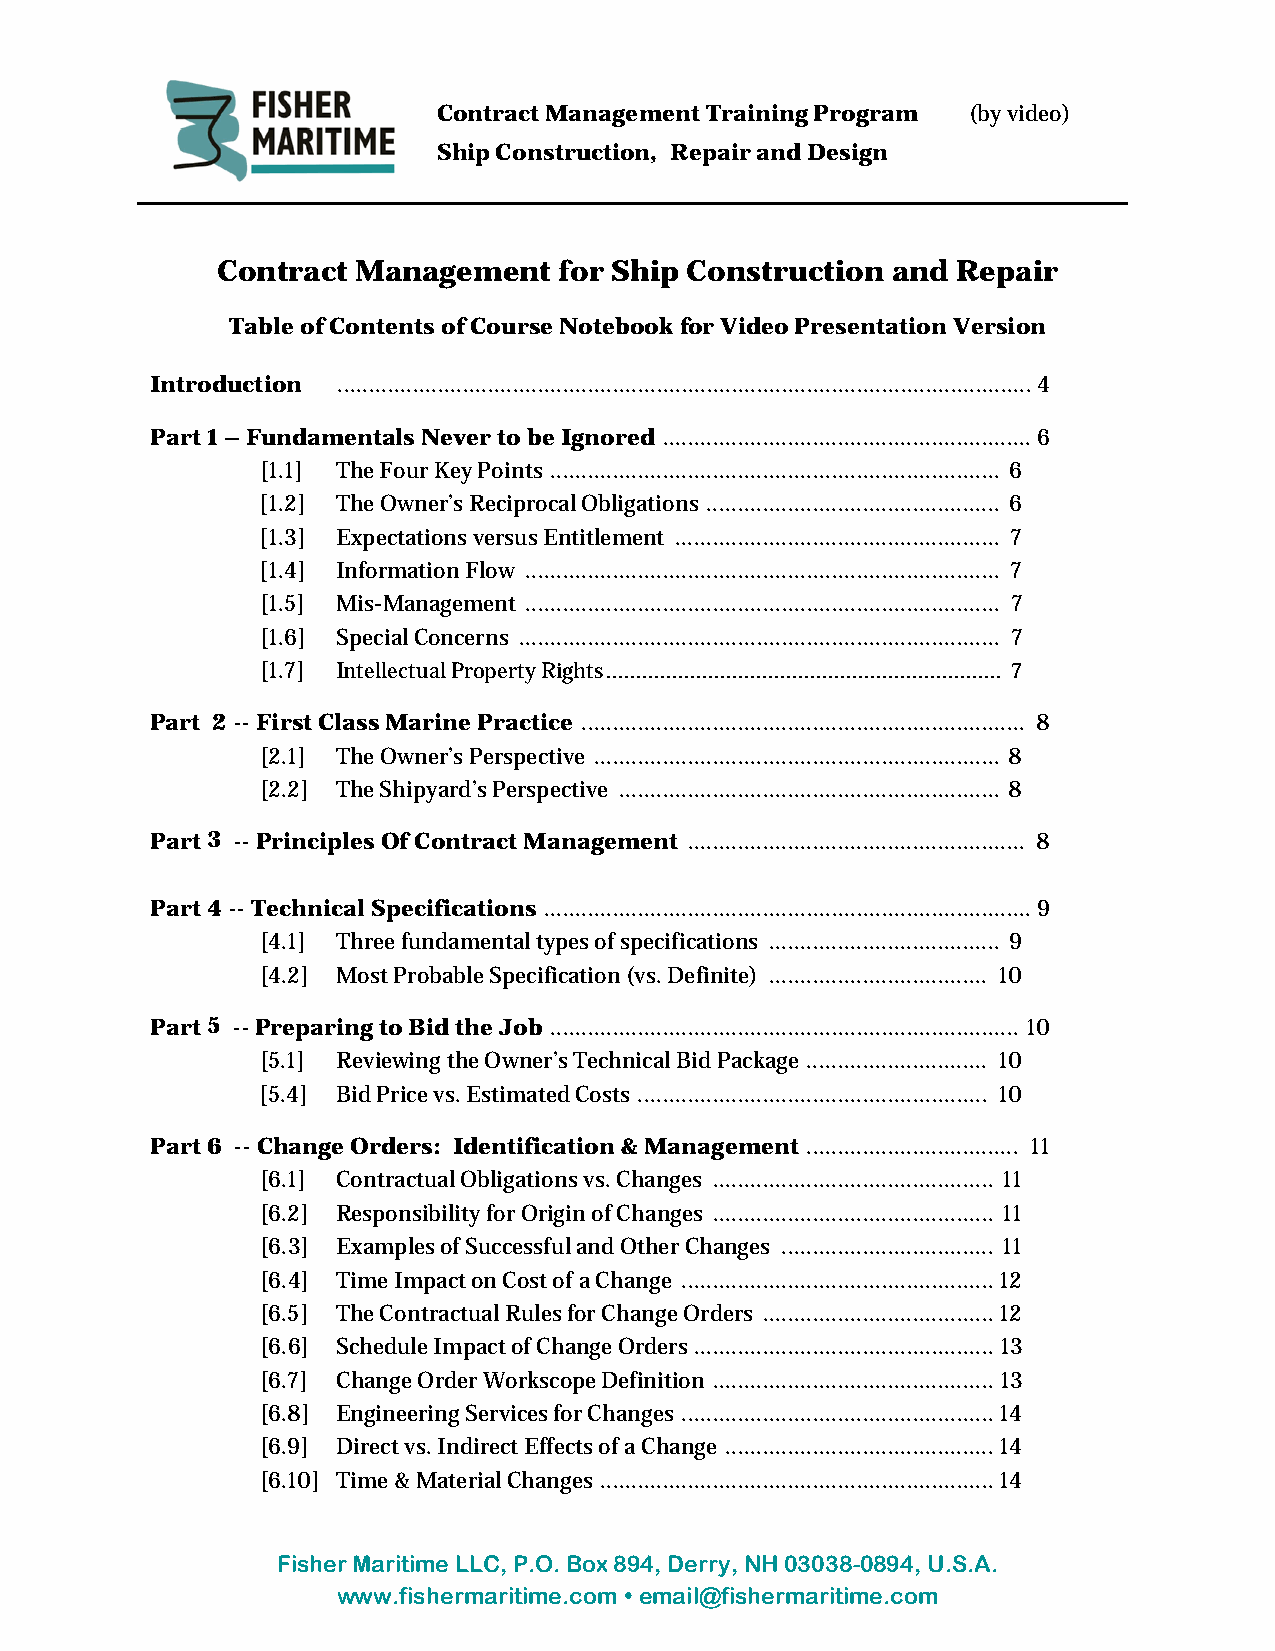
Contract Management Training Program (by video)
 Ship Construction, Repair and Design
 Contract  Management   for Ship Construction and Repair
 Table of Contents of Course Notebook for Video Presentation Version
 Introduction ............................................................................................................... 4
 Part 1 – Fundamentals Never to be Ignored ........................................................... 6
 [1.1] The Four Key Points ........................................................................ 6
 [1.2] The Owner’s Reciprocal Obligations ............................................... 6
 [1.3] Expectations versus Entitlement .................................................... 7
 [1.4] Information Flow ............................................................................ 7
 [1.5] Mis-Management ............................................................................ 7
 [1.6] Special Concerns ............................................................................. 7
 [1.7] Intellectual Property Rights .................................................................. 7
 Part 2 -- First Class Marine Practice ....................................................................... 8
 [2.1] The Owner’s Perspective ................................................................. 8
 [2.2] The Shipyard’s Perspective ............................................................. 8
 Part 3 -- Principles Of Contract Management ...................................................... 8
 Part 4 -- Technical Specifications .............................................................................. 9
 [4.1] Three fundamental types of specifications ..................................... 9
 [4.2] Most Probable Specification (vs. Definite) ................................... 10
 Part 5 -- Preparing to Bid the Job ........................................................................... 10
 [5.1] Reviewing the Owner’s Technical Bid Package ............................. 10
 [5.4] Bid Price vs. Estimated Costs ........................................................ 10
 Part 6 -- Change Orders: Identification & Management .................................. 11
 [6.1] Contractual Obligations vs. Changes ............................................. 11
 [6.2] Responsibility for Origin of Changes ............................................. 11
 [6.3] Examples of Successful and Other Changes .................................. 11
 [6.4] Time Impact on Cost of a Change .................................................. 12
 [6.5] The Contractual Rules for Change Orders ..................................... 12
 [6.6] Schedule Impact of Change Orders ................................................ 13
 [6.7] Change Order Workscope Definition ............................................. 13
 [6.8] Engineering Services for Changes .................................................. 14
 [6.9] Direct vs. Indirect Effects of a Change ........................................... 14
 [6.10] Time & Material Changes ............................................................... 14
 Fisher Maritime LLC, P.O. Box 894, Derry, NH 03038-0894, U.S.A.
 www.fishermaritime.com  email@fishermaritime.com